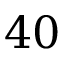
4 0